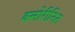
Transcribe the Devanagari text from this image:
क्लोरीनित